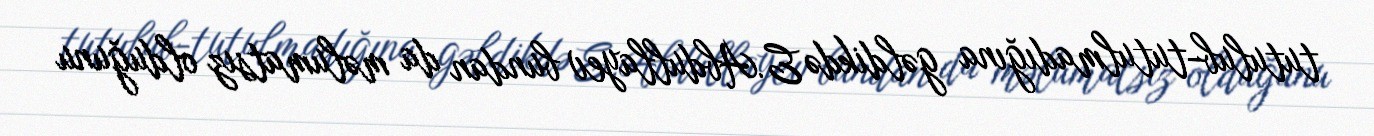
tutulub-tutulmadığına gəldikdə E.Abdullayev bundan da məlumatsız olduğunu